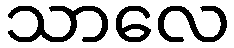
သာလေ